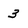
Character: 3